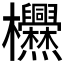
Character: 𱤶